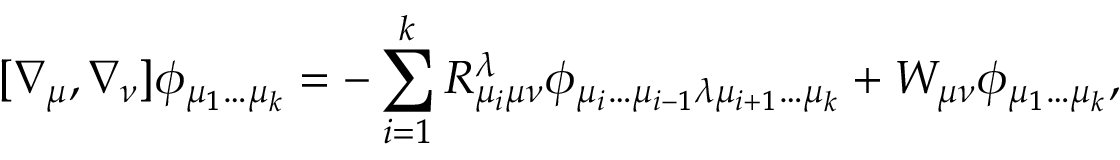
[ \nabla _ { \mu } , \nabla _ { \nu } ] \phi _ { \mu _ { 1 } \dots \mu _ { k } } = - \sum _ { i = 1 } ^ { k } R _ { \mu _ { i } \mu \nu } ^ { \lambda } \phi _ { \mu _ { i } \dots \mu _ { i - 1 } \lambda \mu _ { i + 1 } \dots \mu _ { k } } + W _ { \mu \nu } \phi _ { \mu _ { 1 } \dots \mu _ { k } } ,